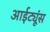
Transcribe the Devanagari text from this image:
आईट्यूंस